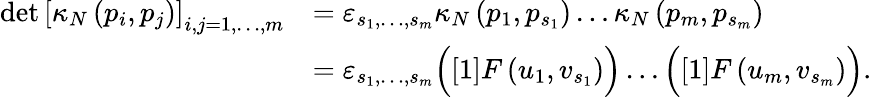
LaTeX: \begin{array}{rl}{\operatorname*{det}\left[\kappa_{N}\left(p_{i},p_{j}\right)\right]_{i,j=1,\dots,m}}&{=\varepsilon_{s_{1},\dots,s_{m}}\kappa_{N}\left(p_{1},p_{s_{1}}\right)\dots\kappa_{N}\left(p_{m},p_{s_{m}}\right)}\\ &{=\varepsilon_{s_{1},\dots,s_{m}}\Big([1]F\left(u_{1},v_{s_{1}}\right)\Big)\dots\Big([1]F\left(u_{m},v_{s_{m}}\right)\Big).}\end{array}